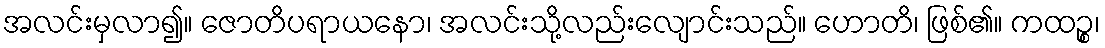
အလင်းမှလာ၍။ ဇောတိပရာယနော၊ အလင်းသို့လည်းလျောင်းသည်။ ဟောတိ၊ ဖြစ်၏။ ကထဉ္စ၊